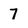
Character: 7